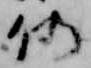
仍